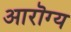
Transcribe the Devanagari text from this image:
आरॊग्य